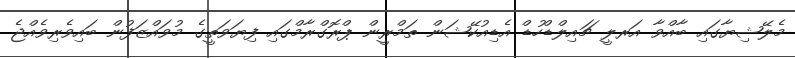
މެލޭޝިޔާގައި ބާއްވާ އަރލީ ޗައިލްޑްހުޑް އެޑިއުކޭޝަން ތަމްރީން ޕްރޮގްރާމްގައި ފިޔަވަތީގެ މުވައްޒަފުން ބައިވެރިވެއްޖެ